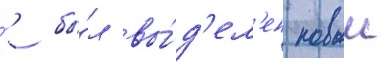
'' бы́л вы́д'ел'ен новыи